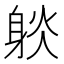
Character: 𨉇